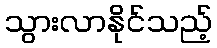
သွားလာနိုင်သည့်